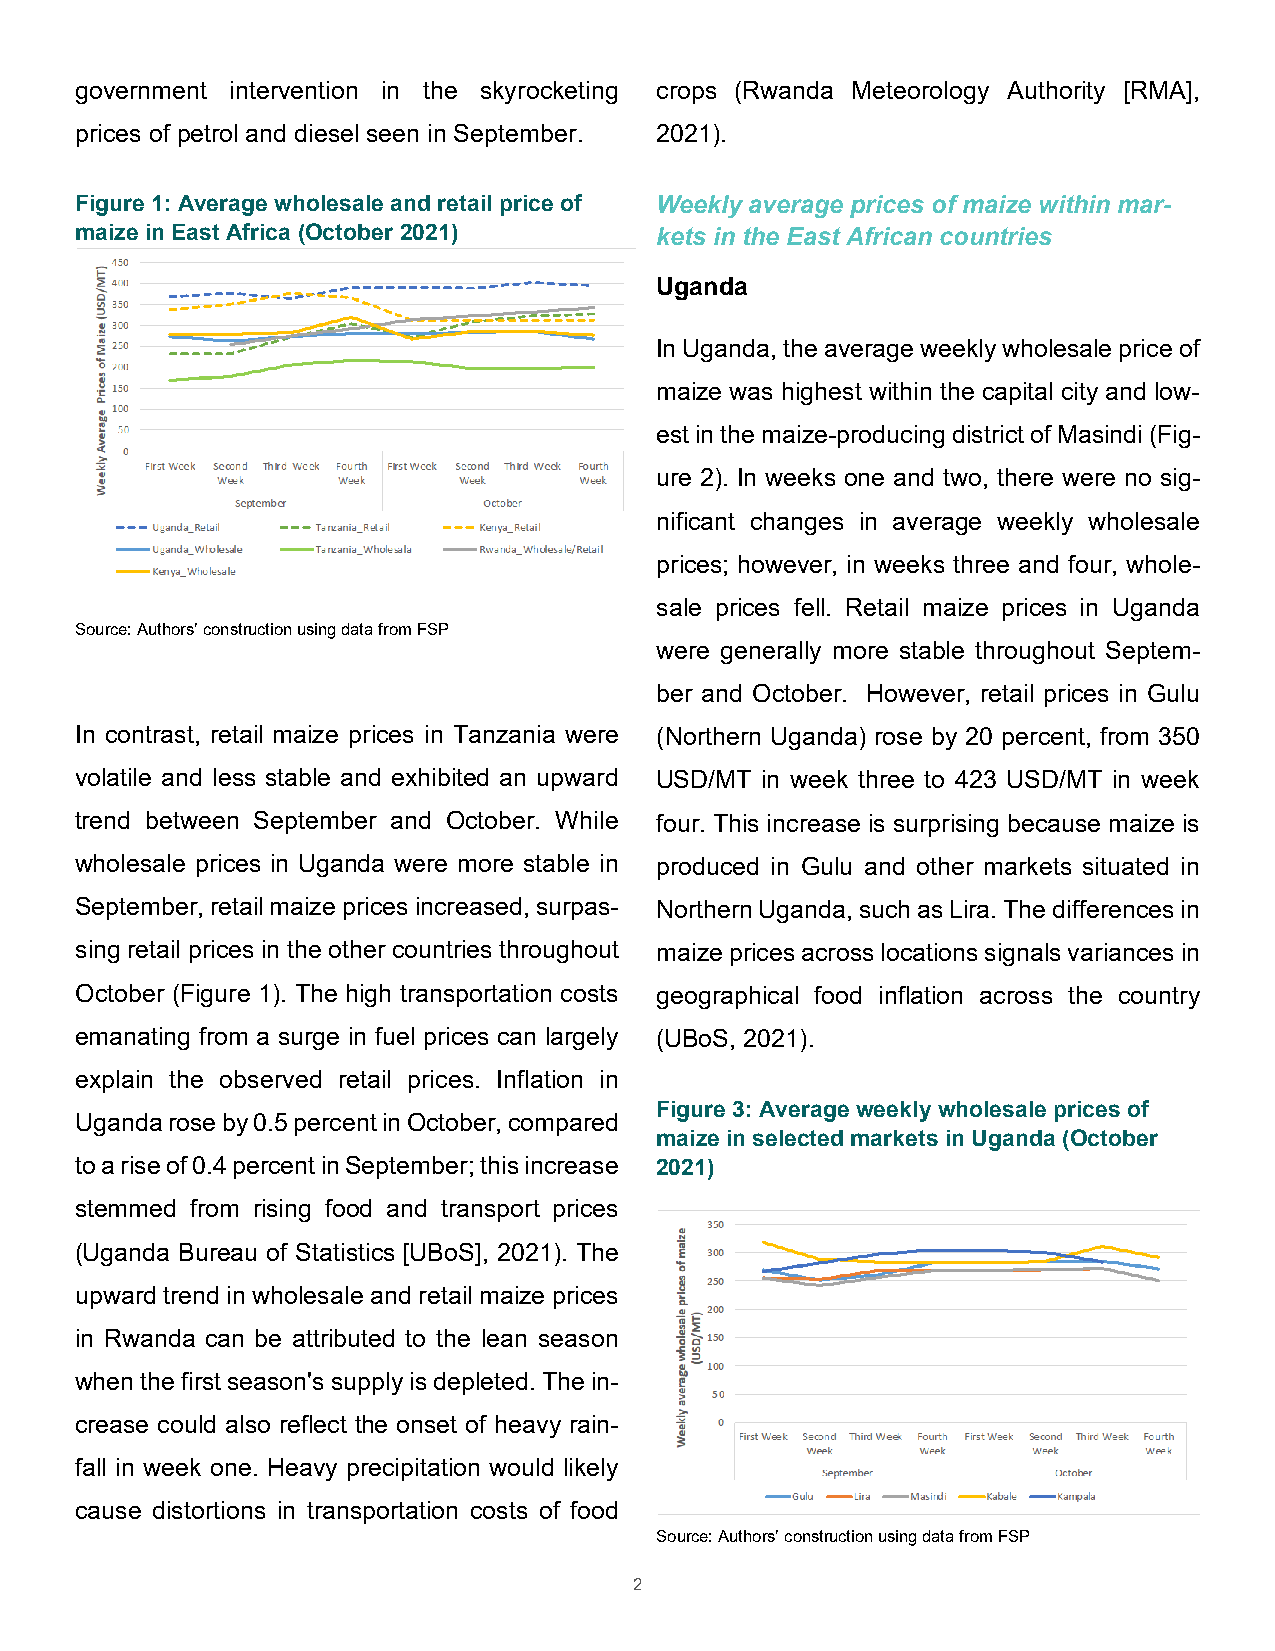
government intervention in the skyrocketing crops (Rwanda Meteorology Authority [RMA],
 prices of petrol and diesel seen in September. 2021).
 Figure 1: Average wholesale and retail price of Weekly average prices of maize within mar-
 maize in East Africa (October 2021)   kets in the East African countries
 Uganda
 In Uganda, the average weekly wholesale price of
 maize was highest within the capital city and low-
 est in the maize-producing district of Masindi (Fig-
 ure 2). In weeks one and two, there were no sig-
 nificant changes in average weekly wholesale
 prices; however, in weeks three and four, whole-
 sale prices fell. Retail maize prices in Uganda
 Source: Authors’ construction using data from FSP
 were generally more stable throughout Septem-
 ber and October. However, retail prices in Gulu
 In contrast, retail maize prices in Tanzania were (Northern Uganda) rose by 20 percent, from 350
 volatile and less stable and exhibited an upward USD/MT in week three to 423 USD/MT in week
 trend between September and October. While four. This increase is surprising because maize is
 wholesale prices in Uganda were more stable in produced in Gulu and other markets situated in
 September, retail maize prices increased, surpas- Northern Uganda, such as Lira. The differences in
 sing retail prices in the other countries throughout maize prices across locations signals variances in
 October (Figure 1). The high transportation costs geographical food inflation across the country
 emanating from a surge in fuel prices can largely (UBoS, 2021).
 explain the observed retail prices. Inflation in
 Figure 3: Average weekly wholesale prices of
 Uganda rose by 0.5 percent in October, compared
 maize in selected markets in Uganda (October
 to a rise of 0.4 percent in September; this increase 2021)
 stemmed from rising food and transport prices
 (Uganda Bureau of Statistics [UBoS], 2021). The
 upward trend in wholesale and retail maize prices
 in Rwanda can be attributed to the lean season
 when the first season's supply is depleted. The in-
 crease could also reflect the onset of heavy rain-
 fall in week one. Heavy precipitation would likely
 cause distortions in transportation costs of food
 Source: Authors’ construction using data from FSP
 2